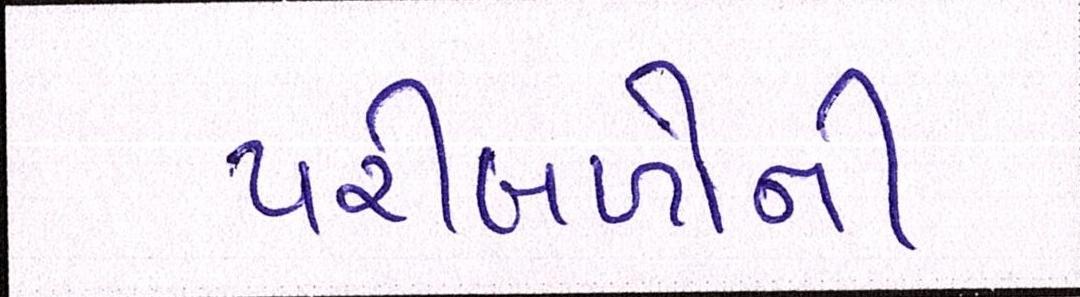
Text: પરીબળોની